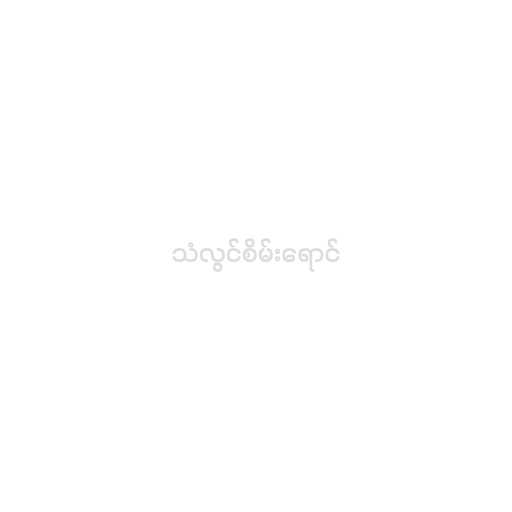
သံလွင်စိမ်းရောင်